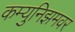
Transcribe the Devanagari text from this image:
कम्युनिझमवर